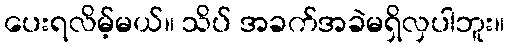
ပေးရလိမ့်မယ်။ သိပ် အခက်အခဲမရှိလှပါဘူး။